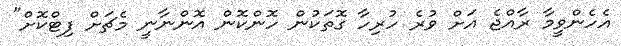
އެހެންވީމާ ރާއްޖެ އަށް ވުރެ ހުރިހާ ގޮތަކުން ހޮންކޮން އޮންނާނީ މެޗަށް ފިޓްކޮށް"